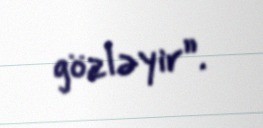
gözləyir”.